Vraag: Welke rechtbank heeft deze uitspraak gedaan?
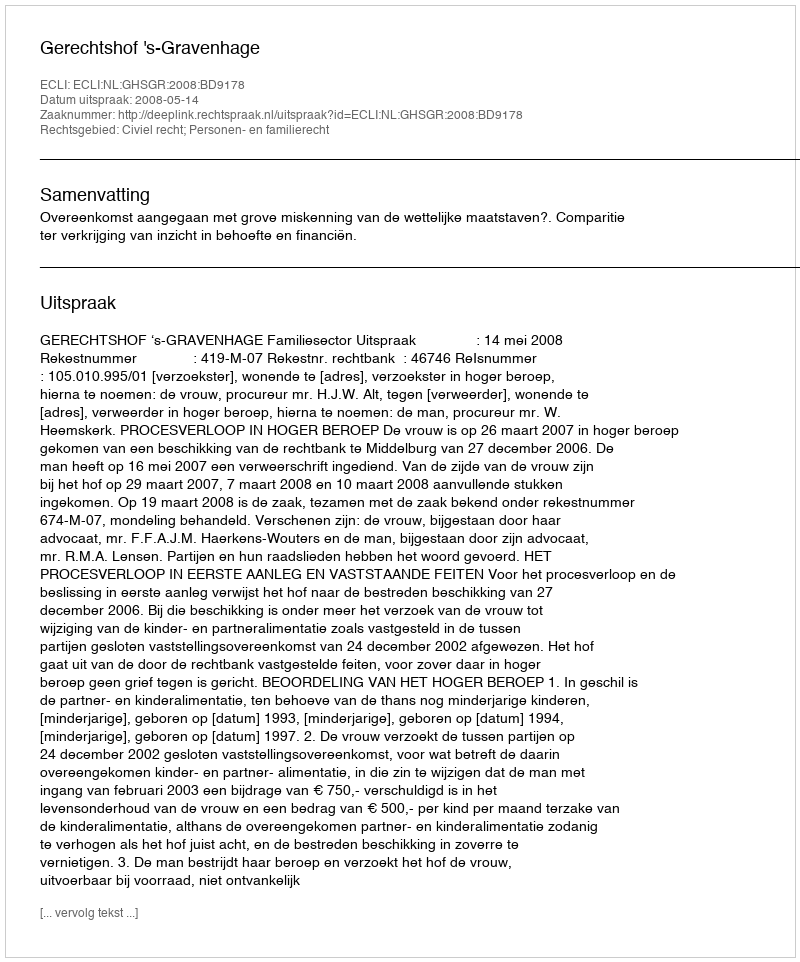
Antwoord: Gerechtshof 's-Gravenhage